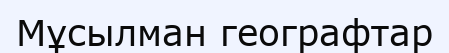
Мұсылман географтар